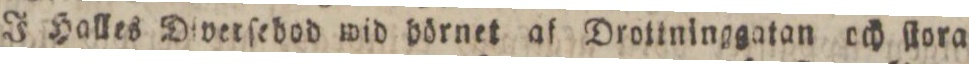
J Halles Diverſebod wid dörnet af Drolininggatan och ſtora